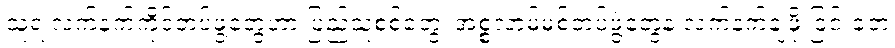
သူ့ရဲ့လက်နက်ကိုင်တပ်ဖွဲ့တွေဟာ ပြည်သူ့စစ်တွေ၊ အစ္စလာမ်မစ်တပ်ဖွဲ့တွေနဲ့ လက်နက်ချဖို ငြင်းခဲ့တဲ့